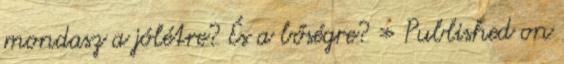
mondasz a jólétre? És a bőségre? » Published on